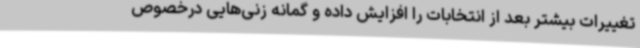
تغییرات بیشتر بعد از انتخابات را افزایش داده و گمانه زنی‌هایی درخصوص